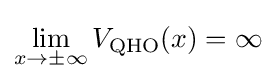
\lim _{x\to \pm \infty }{V_{\text{QHO}}(x)}=\infty